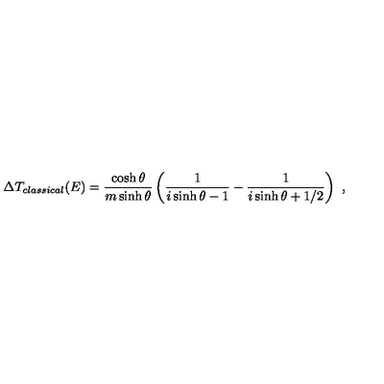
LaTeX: \Delta T _ { c l a s s i c a l } ( E ) = \frac { \cosh \theta } { m \sinh \theta } \left( \frac { 1 } { i \sinh \theta - 1 } - \frac { 1 } { i \sinh \theta + 1 / 2 } \right) \ ,